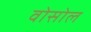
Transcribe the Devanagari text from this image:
वोसोल